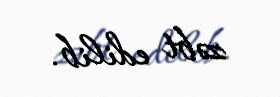
zəbt edilib.